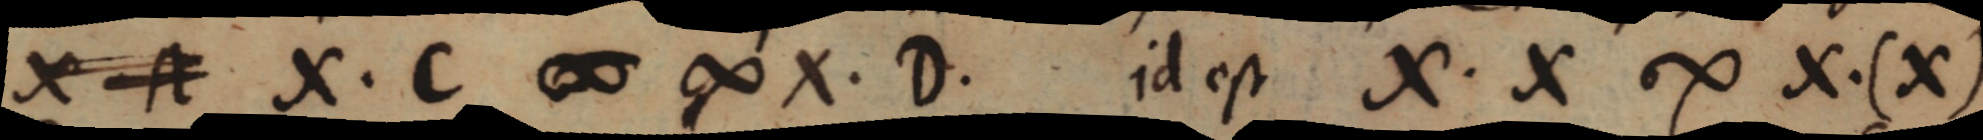
X A X. C ∞ ∞ X. D. id est X. X ∞ X. (X)